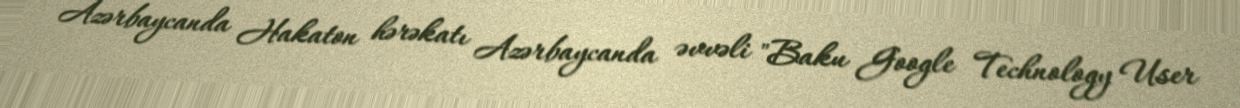
Azərbaycanda Hakaton hərəkatı Azərbaycanda əvvəli "Baku Google Technology User